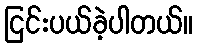
ငြင်းပယ်ခဲ့ပါတယ်။